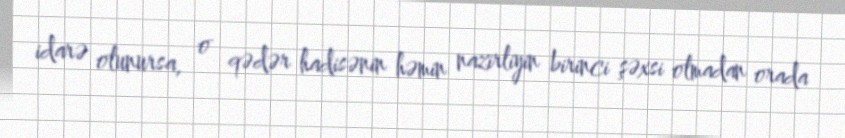
idarə olunursa, o qədər hadisənin həmin nazirliyin birinci şəxsi olmadan orada